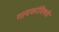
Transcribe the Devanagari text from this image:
गायकांविषयी